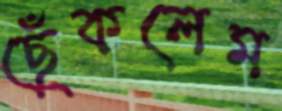
ছেঁকলেম